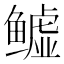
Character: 𬶬